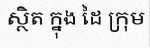
ស្ថិត ក្នុង ដៃ ក្រុម